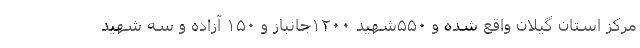
مرکز استان گیلان واقع شده و ۵۵۰شهید ۱۲۰۰جانباز و ۱۵۰ آزاده و سه شهید